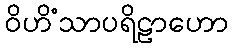
ဝိဟိံသာပရိဠာဟော